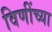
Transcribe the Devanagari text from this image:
विणींच्या